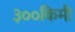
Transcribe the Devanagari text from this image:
३००किमी